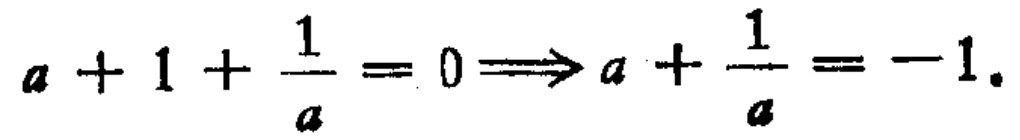
\(a + 1 + \frac{1}{a} = 0\Longrightarrow a + \frac{1}{a} = -1.\)